Vaccination North-Western Provinces 1866-1877 - 1866-1877
Year: 1866
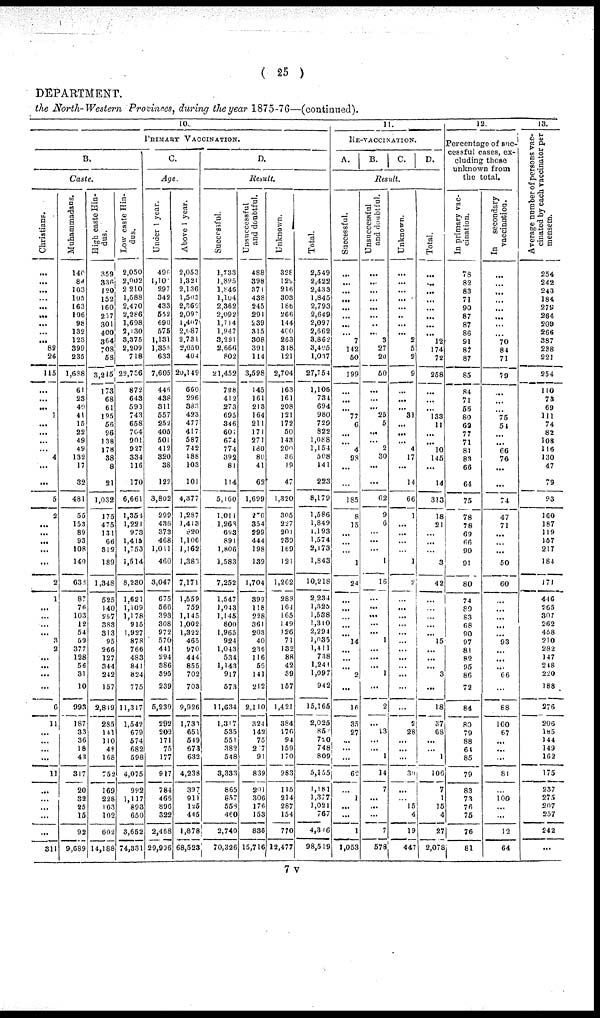
( 25 )
DEPARTMENT.
the North-Western Provinces, during the year 1875-76—(continued).
10.
PRIMARY VACCINATION.
B.
Caste.
Christians.
...
...
...
...
...
...
...
...
...
89
26
115
...
...
...
1
...
...
...
...
4
...
...
5
2
...
...
...
...
...
2
1
...
...
...
...
3
2
...
...
...
...
6
11
...
...
...
...
11
...
...
...
...
...
311
Muhammadans.
140
84
103
105
163
106
98
132
123
399
235
1,688
61
23
40
41
15
22
49
49
132
17
32
481
55
153
89
93
108
140
638
87
76
103
12
54
59
377
128
56
31
10
993
187
33
36
18
43
317
20
32
25
15
92
9,689
High caste Hin-
dus.
359
336
120
152
160
257
301
400
364
708
58
3,215
173
68
61
195
56
96
138
178
38
8
21
1,032
175
475
131
66
312
189
1,348
525
140
257
383
313
95
266
127
344
242
157
2,849
285
141
110
48
168
752
169
228
103
102
602
14,188
Low caste Hin-
dus.
2,050
2,002
2,210
1,588
2,470
2,286
1,698
2,130
3,375
2,209
718
22,736
872
643
593
743
658
704
901
927
334
116
170
6,661
1,354
1,221
973
1,415
1,753
1,514
8,230
1,621
1,109
1,178
915
1,927
878
766
483
841
824
775
11,317
1,542
679
574
682
598
4,075
992
1,117
893
650
3,652
74,331
C.
Age.
Under 1 year.
496
1,101
297
342
433
552
690
575
1,131
1,355
633
7,605
446
438
311
557
252
405
501
412
320
38
122
3,802
299
436
373
468
1,011
460
3,047
675
566
393
308
972
570
441
294
386
395
239
5,239
292
202
171
75
177
917
784
466
896
322
2,468
29,906
Above 1 year.
2,053
1,321
2,136
1,503
2,360
2,097
1,407
2,087
2,731
2,050
404
20,149
660
296
383
423
477
417
587
742
188
103
101
4,377
1,287
1,413
820
1,106
1,162
1,383
7,171
1,559
759
1,145
1,002
1,322
465
970
444
855
702
703
9,926
1,733
651
549
673
632
4,238
397
911
125
445
1,878
68,523
D.
Result.
Successful.
1,733
1,895
1,846
1,104
2,362
2,092
1,714
1,947
3,291
2,666
802
21,452
708
412
273
695
346
601
674
774
392
81
114
5,460
1,011
1,268
693
891
1,806
1,583
7,252
1,547
1,043
1,145
800
1,965
924
1,043
534
1,143
917
573
11,634
1,317
535
551
382
548
3,333
865
857
558
460
2,740
70,326
Unsuccessful
and doubtful.
488
398
371
438
245
291
239
315
308
391
114
3,598
145
161
213
164
211
171
271
180
80
41
62
1,699
270
354
299
444
198
139
1,704
399
118
228
361
203
40
236
116
53
141
212
2,110
324
142
75
217
91
839
201
306
176
153
836
15,716
Unknown.
328
129
216
303
186
266
144
400
263
348
121
2,704
163
161
208
121
172
50
143
200
36
19
47
1,320
305
227
201
239
169
121
1,262
283
164
165
149
126
71
132
88
42
39
157
1,421
384
176
94
159
170
983
115
214
287
154
770
12,477
Total.
2,549
2,422
2,433
1,845
2,793
2,649
2,097
2,662
3,862
3,405
1,037
27,754
1,106
734
694
980
729
822
1,088
1,154
508
141
223
8,179
1,586
1,849
1,193
1,574
2,173
1,843
10,218
2,234
1,325
1,538
1,310
2,294
1,035
1,411
738
1,241
1,097
942
15,165
2,025
85
720
748
809
5,155
1,181
1,377
1,021
767
4,346
98,519
11.
RE-VACCINATION.
A.
B.
C.
D.
Result.
Successful.
...
...
...
...
...
...
...
...
7
142
50
199
...
...
...
77
6
...
...
4
98
...
...
185
8
15
...
...
...
1
24
...
...
...
...
...
14
...
...
...
2
...
16
35
27
...
...
...
62
...
1
...
...
1
1,053
Unsuccessful
and doubtful.
...
...
...
...
...
...
...
...
3
27
20
50
...
...
...
25
5
...
...
2
30
...
...
62
9
6
...
...
...
1
16
...
...
...
...
...
1
...
...
...
1
...
2
...
13
...
...
1
14
7
...
...
...
7
578
Unknown.
...
...
...
...
...
...
...
...
2
5
2
9
...
...
...
31
...
...
...
4
17
...
14
66
1
...
...
...
...
1
2
...
...
...
...
...
...
...
...
...
...
...
...
2
28
...
...
...
30
...
...
15
4
19
447
Total.
...
...
...
...
...
...
...
...
12
174
72
258
...
...
...
133
11
...
...
10
145
...
14
313
18
21
...
...
...
3
42
...
...
...
...
...
15
...
...
...
3
...
18
37
68
...
...
1
106
7
1
15
4
27
2,078
12.
Percentage of suc-
cessful cases, ex-
cluding those
unknown from
the total.
In primary vac-
cination.
78
82
83
71
90
87
87
86
91
87
87
85
84
71
56
80
62
77
71
81
83
66
64
75
78
78
69
66
90
91
80
74
80
83
68
90
97
81
82
95
86
72
84
80
79
88
64
85
79
83
73
76
75
76
81
In
secondary
vaccination.
...
...
...
...
...
...
...
70
84
71
79
...
...
...
75
54
...
...
66
76
...
...
74
47
71
...
...
...
50
60
...
...
...
...
...
93
...
...
...
66
...
88
100
67
...
...
...
81
...
100
...
...
12
64
13.
Average number of persons vac-
cinated by each vaccinator per
mensem.
254
242
243
184
279
264
200
266
387
238
221
254
110
73
69
111
74
82
108
116
130
47
79
93
160
187
119
157
217
184
171
446
565
307
262
458
210
282
147
248
220
188
276
206
185
144
149
162
175
237
275
207
257
242
...
7 v